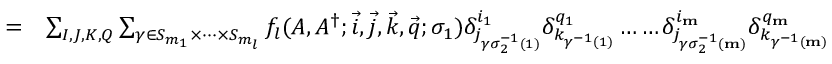
\begin{array} { r l } { = } & { \sum _ { I , J , K , Q } \sum _ { \gamma \in S _ { m _ { 1 } } \times \dots \times S _ { m _ { l } } } f _ { l } ( A , A ^ { \dagger } ; \vec { i } , \vec { j } , \vec { k } , \vec { q } ; \sigma _ { 1 } ) \delta _ { j _ { \gamma \sigma _ { 2 } ^ { - 1 } ( 1 ) } } ^ { i _ { 1 } } \delta _ { k _ { \gamma ^ { - 1 } ( 1 ) } } ^ { q _ { 1 } } \dots \dots \delta _ { j _ { \gamma \sigma _ { 2 } ^ { - 1 } ( \mathbf { m } ) } } ^ { i _ { \mathbf { m } } } \delta _ { k _ { \gamma ^ { - 1 } ( \mathbf { m } ) } } ^ { q _ { \mathbf { m } } } } \end{array}